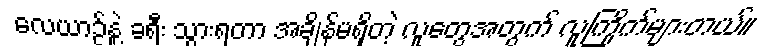
လေယာဉ်နဲ့ ခရီး သွားရတာ အချိန်မရှိတဲ့ လူတွေအတွက် လူကြိုက်များတယ်။